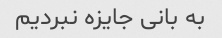
به بانی جایزه نبردیم